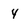
Character: 4